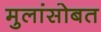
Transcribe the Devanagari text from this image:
मुलांसोबत